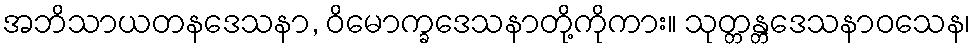
အဘိသာယတနဒေသနာ, ဝိမောက္ခဒေသနာတို့ကိုကား။ သုတ္တန္တဒေသနာဝသေန၊